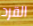
القرد